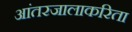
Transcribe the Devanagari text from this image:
आंतरजालाकरिता